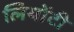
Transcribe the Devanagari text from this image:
लियोंटी